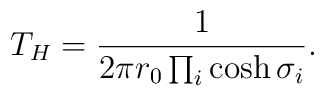
T_{H} = \frac{1}{2\pi r_{0} \prod_{i} \cosh\sigma_{i}}.